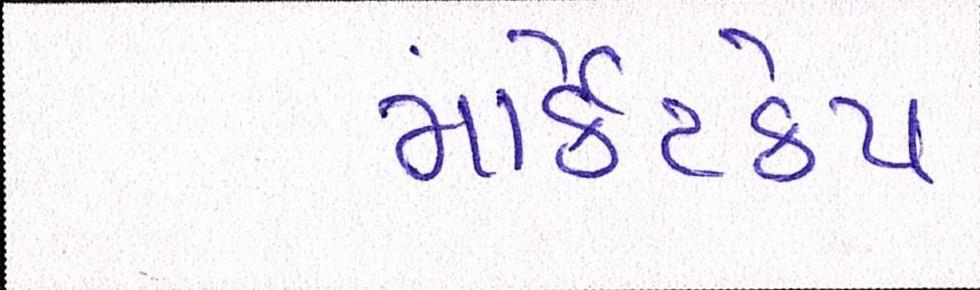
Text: માર્કેટકેપ